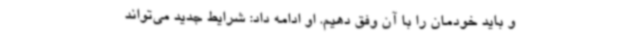
و باید خودمان را با آن وفق دهیم. او ادامه داد: شرایط جدید می‌تواند